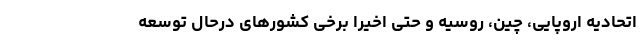
اتحادیه اروپایی، چین، روسیه و حتی اخیرا برخی‌ کشورهای درحال توسعه